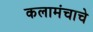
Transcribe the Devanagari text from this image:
कलामंचाचे